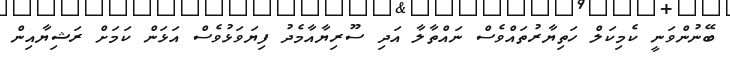
ބޭނުންވަނީ ކެމިކަލް ހަތިޔާރުތައްވެސް ނައްތާލާ އަދި ސޫރިޔާއާމެދު ފިޔަވަޅުވެސް އަޅަން ކަމަށް ރަޝިޔާއިން